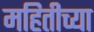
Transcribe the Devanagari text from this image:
महितीच्या